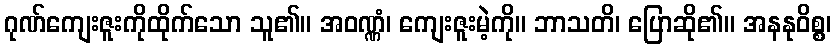
ဂုဏ်ကျေးဇူးကိုထိုက်သော သူ၏။ အဝဏ္ဏံ၊ ကျေးဇူးမဲ့ကို။ ဘာသတိ၊ ပြောဆို၏။ အနနုဝိစ္စ၊